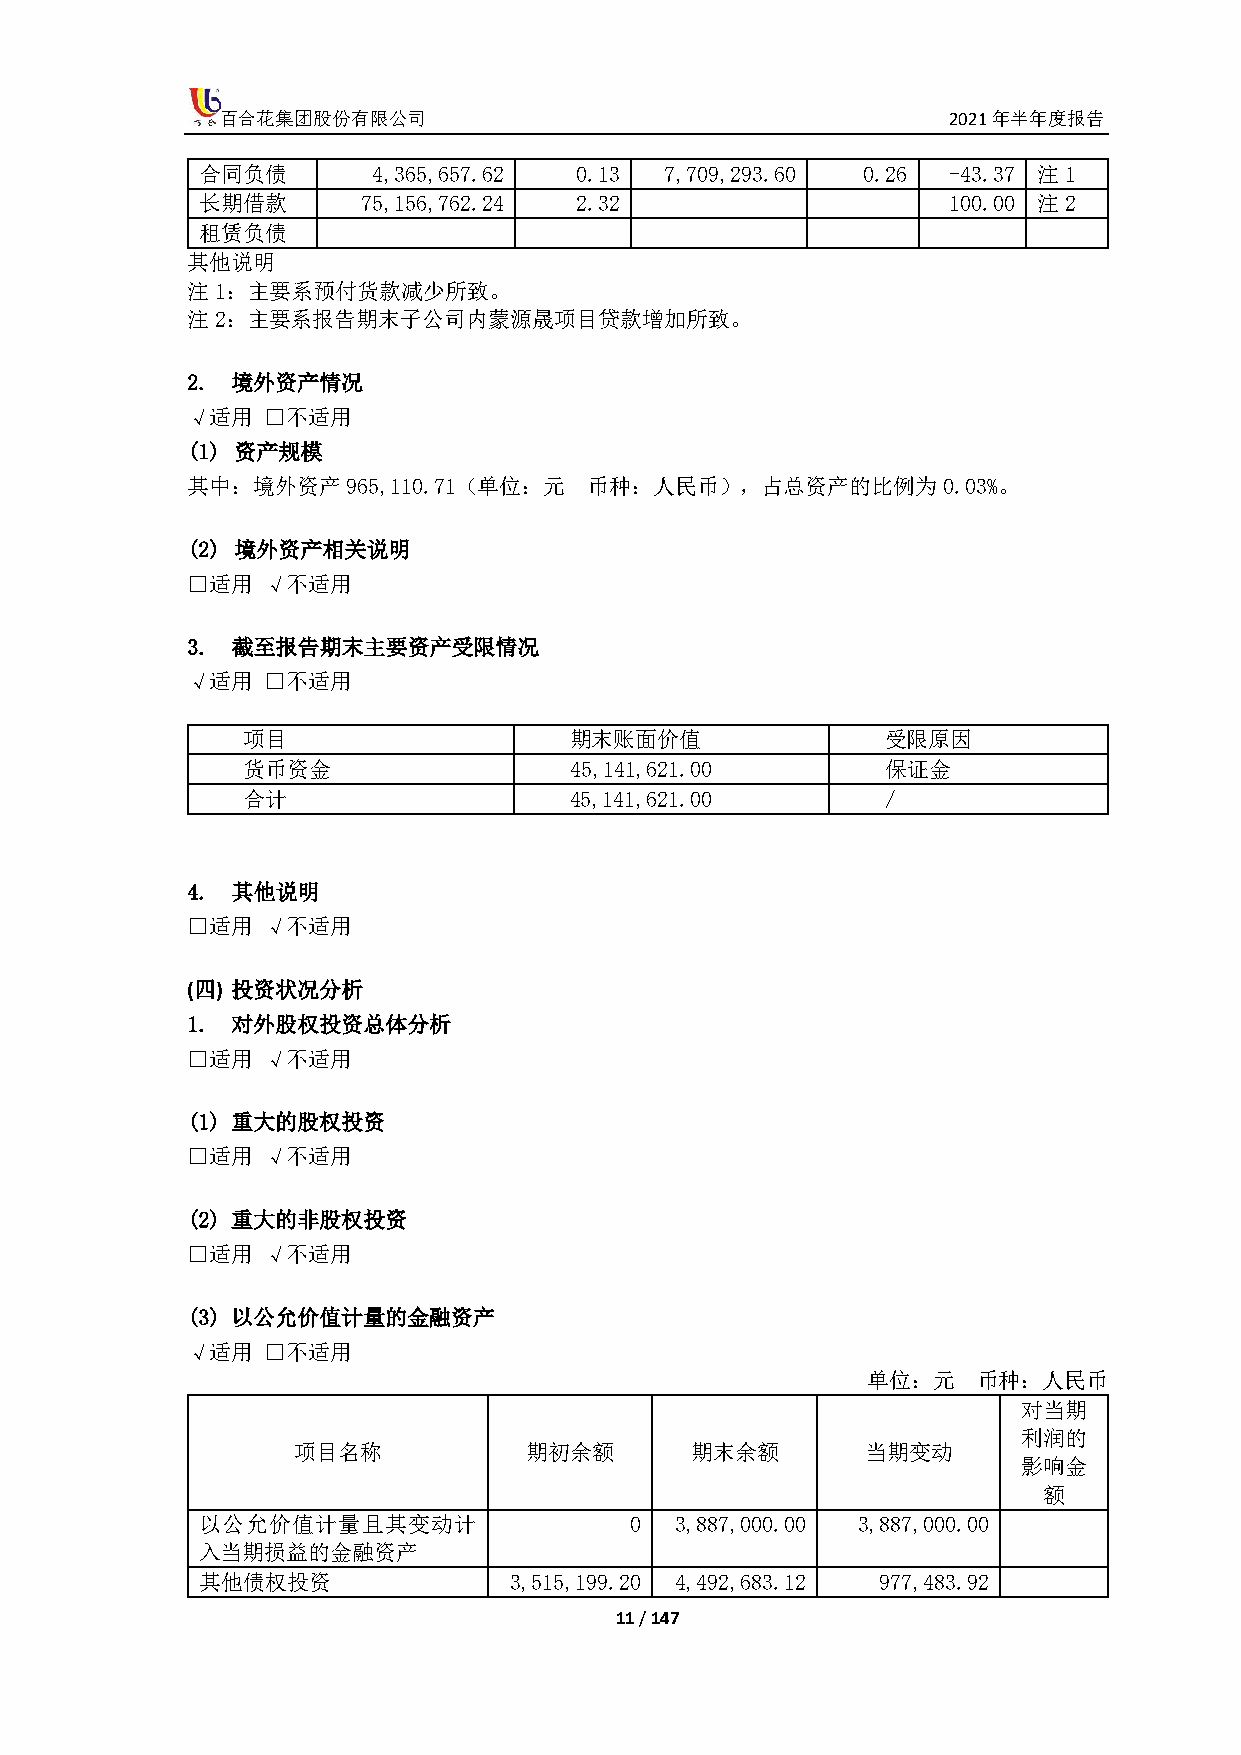
百合花集团股份有限公司                                     2021年半年度报告
 合同负债        4,365,657.62 0.13  7,709,293.60 0.26  -43.37 注1
 长期借款       75,156,762.24 2.32                     100.00 注2
 租赁负债
 其他说明
 注1：主要系预付货款减少所致。
 注2：主要系报告期末子公司内蒙源晟项目贷款增加所致。
 2. 境外资产情况
 √适用  □不适用
 (1) 资产规模
 其中：境外资产965,110.71（单位：元     币种：人民币），占总资产的比例为0.03%。
 (2) 境外资产相关说明
 □适用  √不适用
 3. 截至报告期末主要资产受限情况
 √适用  □不适用
 项目                    期末账面价值               受限原因
 货币资金                  45,141,621.00        保证金
 合计                    45,141,621.00        /
 4. 其他说明
 □适用  √不适用
 (四) 投资状况分析
 1. 对外股权投资总体分析
 □适用  √不适用
 (1) 重大的股权投资
 □适用  √不适用
 (2) 重大的非股权投资
 □适用  √不适用
 (3) 以公允价值计量的金融资产
 √适用  □不适用
 单位：元    币种：人民币
 对当期
 利润的
 项目名称            期初余额       期末余额       当期变动
 影响金
 额
 以公允价值计量且其变动计                 0  3,887,000.00 3,887,000.00
 入当期损益的金融资产
 其他债权投资               3,515,199.20 4,492,683.12 977,483.92
 11 / 147